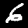
Label: 6